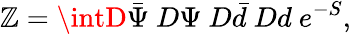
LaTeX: \mathbb{Z}=\intD\bar{{\Psi}}~D\Psi~D\bar{{d}}~Dd~e^{-S},